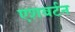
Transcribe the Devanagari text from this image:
एशबर्टन